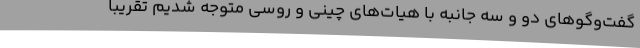
گفت‌وگوهای دو و سه جانبه با هیات‌های چینی و روسی متوجه شدیم تقریبا